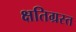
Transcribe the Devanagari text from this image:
क्षतिग्रस्‍त